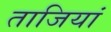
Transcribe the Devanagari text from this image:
ताजियां